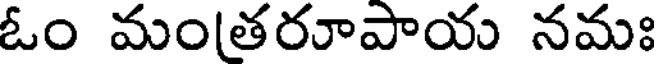
ఓం మంతరూపాయ నమః